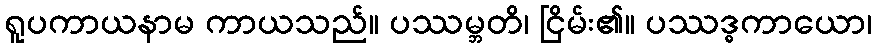
ရူပကာယနာမ ကာယသည်။ ပဿမ္ဘတိ၊ ငြိမ်း၏။ ပဿဒ္ဓကာယော၊